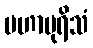
မဟာပုရိသံ